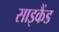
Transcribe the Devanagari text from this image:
साइकैंड